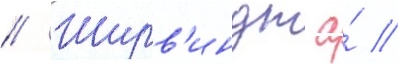
// Ширв'индт а́ //